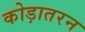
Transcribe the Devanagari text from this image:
कोड़ातरन